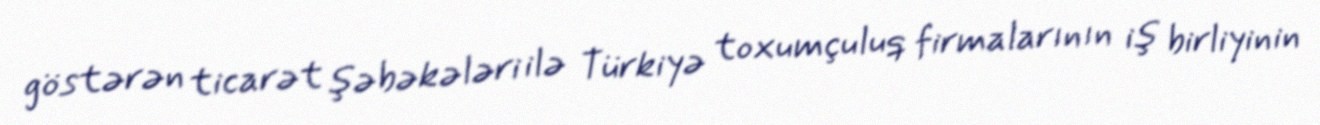
göstərən ticarət şəbəkələri ilə Türkiyə toxumçuluq firmalarının iş birliyinin